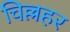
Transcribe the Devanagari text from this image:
चिल्लहर